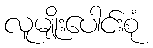
လူမျိုးပေါင်းစုံ